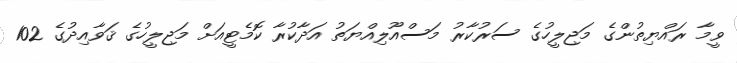
ވީމާ ރައްޔިތުންގެ މަޖިލީހުގެ ސަރުކާރު މަސްއޫލިއްޔަތު އަދާކުރާ ކޮމެޓީއަށް މަޖިލީހުގެ ޤަވާއިދުގެ 102